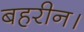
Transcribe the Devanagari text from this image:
बहरीन।